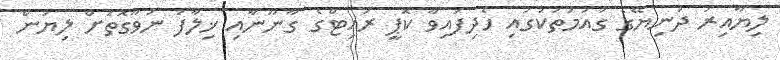
ލިޔާއިރު ދުނިޔޭގެ ގައުމުތަކުގައި ހެދިފައިވާ ކޮޕީ ރައިޓްގެ ގާނޫނާއި ޚިލާފު ނުވާގޮތަށް ލިޔަން